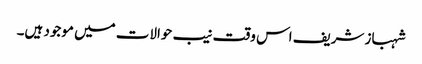
شہباز شریف اس وقت نیب حوالات میں موجود ہیں۔